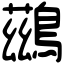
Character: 鷀